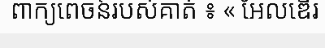
ពាក្យពេចន៍របស់គាត់ ៖ « អែលឌើរ